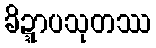
ခိဍ္ဍာပသုတဿ